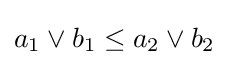
a_{1}\vee b_{1}\leq a_{2}\vee b_{2}